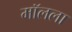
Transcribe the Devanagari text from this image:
मॉलला